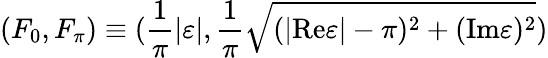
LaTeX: (F_{0},F_{\pi})\equiv(\frac{1}{\pi}|\varepsilon|,\frac{1}{\pi}\sqrt{(|\mathrm{Re}\varepsilon|-\pi)^{2}+(\mathrm{Im}\varepsilon)^{2}})